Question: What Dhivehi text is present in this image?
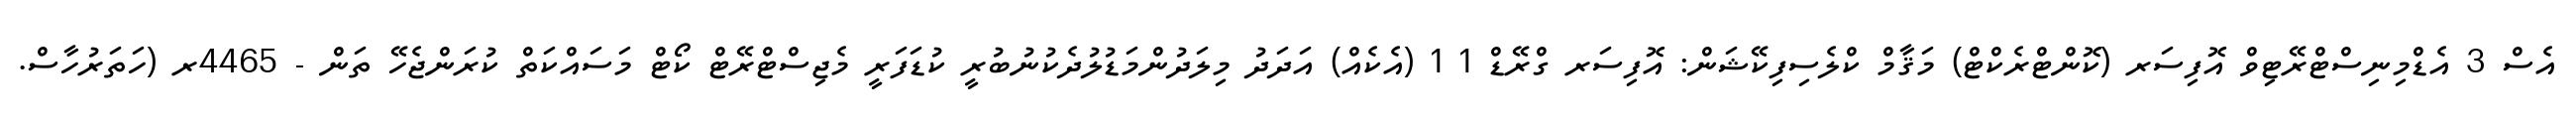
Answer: އެސް 3 އެޑްމިނިސްޓްރޭޓިވް އޮފިސަރ (ކޮންޓްރެކްޓް) މަޤާމް ކްލެސިފިކޭޝަން: އޮފިސަރ ގްރޭޑް 1 1 (އެކެއް) އަދަދު މިލަދުންމަޑުލުދެކުނުބުރީ ކުޑަފަރީ މެޖިސްޓްރޭޓް ކޯޓް މަސައްކަތް ކުރަންޖެހޭ ތަން - 4465ރ (ހަތަރުހާސް.